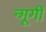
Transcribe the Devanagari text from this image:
न्गूगी